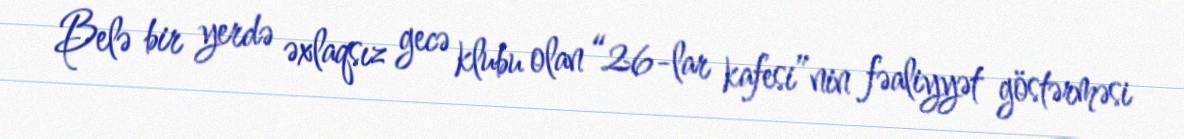
Belə bir yerdə əxlaqsız gecə klubu olan “26-lar kafesi”nin fəaliyyət göstərməsi